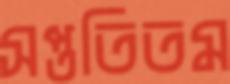
সপ্ততিতম